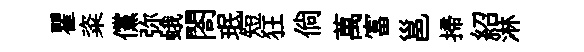
瞿粢儻弥蛾閤珉短狂倘萬富邕掃紹淋